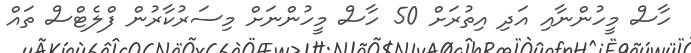
ހާސް މީހުންނާއި އަދި އިތުރަށް 50 ހާސް މީހުންނަށް މިސަރުކާރުން ފްލެޓްސް ތައް